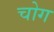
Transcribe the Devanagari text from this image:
चोग